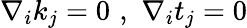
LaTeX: \nabla_{i}k_{j}=0\, \, ,\, \, \nabla_{i}t_{j}=0